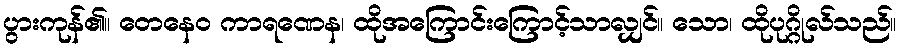
ပွားကုန်၏။ တေနေဝ ကာရဏေန၊ ထိုအကြောင်းကြောင့်သာလျှင်။ သော၊ ထိုပုဂ္ဂိုလ်သည်။